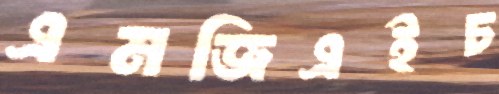
এমজিএইচ